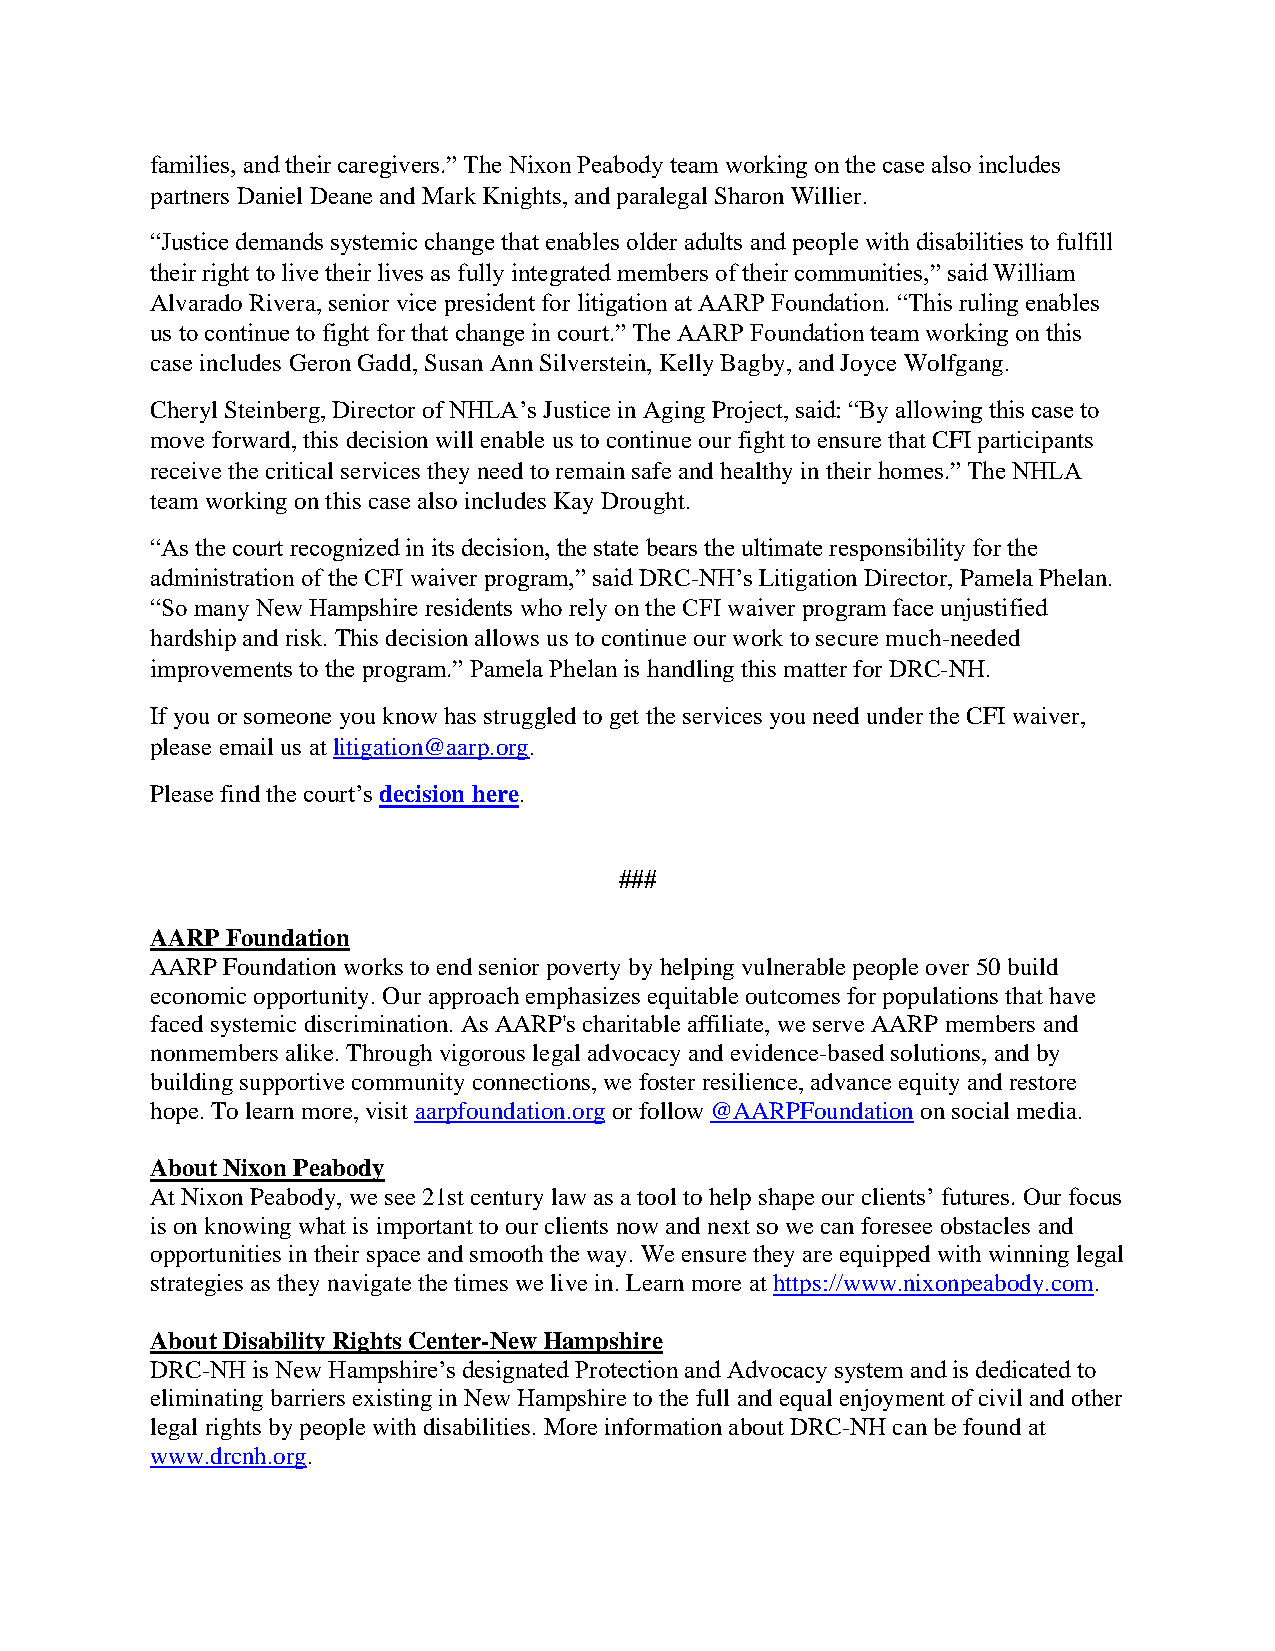
families, and their caregivers.” The Nixon Peabody team working on the case also includes
 partners Daniel Deane and Mark Knights, and paralegal Sharon Willier.
 “Justice demands systemic change that enables older adults and people with disabilities to fulfill
 their right to live their lives as fully integrated members of their communities,” said William
 Alvarado Rivera, senior vice president for litigation at AARP Foundation. “This ruling enables
 us to continue to fight for that change in court.” The AARP Foundation team working on this
 case includes Geron Gadd, Susan Ann Silverstein, Kelly Bagby, and Joyce Wolfgang.
 Cheryl Steinberg, Director of NHLA’s Justice in Aging Project, said: “By allowing this case to
 move forward, this decision will enable us to continue our fight to ensure that CFI participants
 receive the critical services they need to remain safe and healthy in their homes.” The NHLA
 team working on this case also includes Kay Drought.
 “As the court recognized in its decision, the state bears the ultimate responsibility for the
 administration of the CFI waiver program,” said DRC-NH’s Litigation Director, Pamela Phelan.
 “So many New Hampshire residents who rely on the CFI waiver program face unjustified
 hardship and risk. This decision allows us to continue our work to secure much-needed
 improvements to the program.” Pamela Phelan is handling this matter for DRC-NH.
 If you or someone you know has struggled to get the services you need under the CFI waiver,
 please email us at litigation@aarp.org.
 Please find the court’s decision here.
 ###
 AARP Foundation
 AARP Foundation works to end senior poverty by helping vulnerable people over 50 build
 economic opportunity. Our approach emphasizes equitable outcomes for populations that have
 faced systemic discrimination. As AARP's charitable affiliate, we serve AARP members and
 nonmembers alike. Through vigorous legal advocacy and evidence-based solutions, and by
 building supportive community connections, we foster resilience, advance equity and restore
 hope. To learn more, visit aarpfoundation.org or follow @AARPFoundation on social media.
 About Nixon Peabody
 At Nixon Peabody, we see 21st century law as a tool to help shape our clients’ futures. Our focus
 is on knowing what is important to our clients now and next so we can foresee obstacles and
 opportunities in their space and smooth the way. We ensure they are equipped with winning legal
 strategies as they navigate the times we live in. Learn more at https://www.nixonpeabody.com.
 About Disability Rights Center-New Hampshire
 DRC-NH is New Hampshire’s designated Protection and Advocacy system and is dedicated to
 eliminating barriers existing in New Hampshire to the full and equal enjoyment of civil and other
 legal rights by people with disabilities. More information about DRC-NH can be found at
 www.drcnh.org.